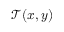
\mathcal { T } ( x , y )